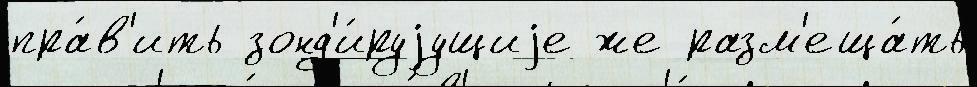
пра́в'ить зонд'и́руjущиjе же разм'еща́ть